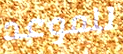
للموعد